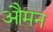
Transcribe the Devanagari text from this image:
औमन